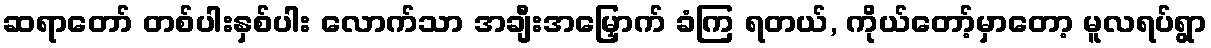
ဆရာတော် တစ်ပါးနှစ်ပါး လောက်သာ အချီးအမြှောက် ခံကြ ရတယ်, ကိုယ်တော့်မှာတော့ မူလရပ်ရွာ